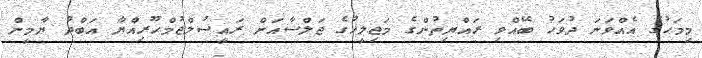
މިމަހުގެ އެއްވަނަ ދުވަހު ބޭއްވި ރައްޔިތުންގެ މަޖިލީހުގެ ޖަލްސާއަށް ރައީސުލްޖުމްހޫރިއްޔާ އަބްދު ޔާމީން